Dysentery and liver abscess in Bombay - Number 47
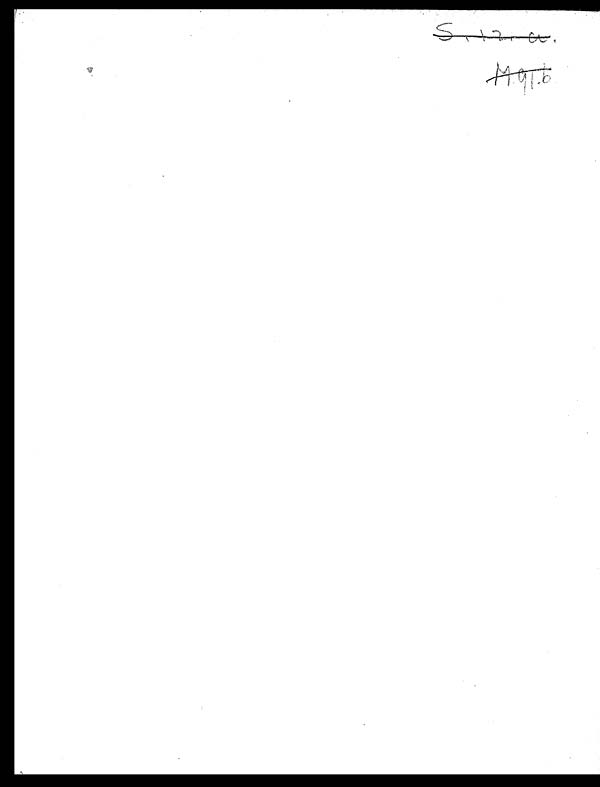
M. 91. b